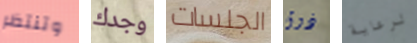
وتنتظر وجدك الجلسات ذوق لرعاية